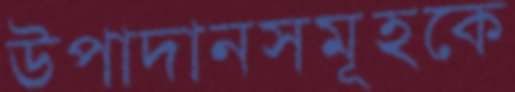
উপাদানসমূহকে